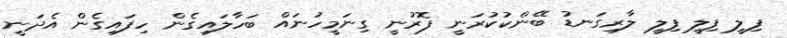
ފިލީ ފިލީ ފިލީ ލާރިގަނޑު ބޭންކުކުރަނީ ފޮރުނީ ގިނަމީހުނައް ބަހާލައިގެން ހިފައިގެން އެދަނީ